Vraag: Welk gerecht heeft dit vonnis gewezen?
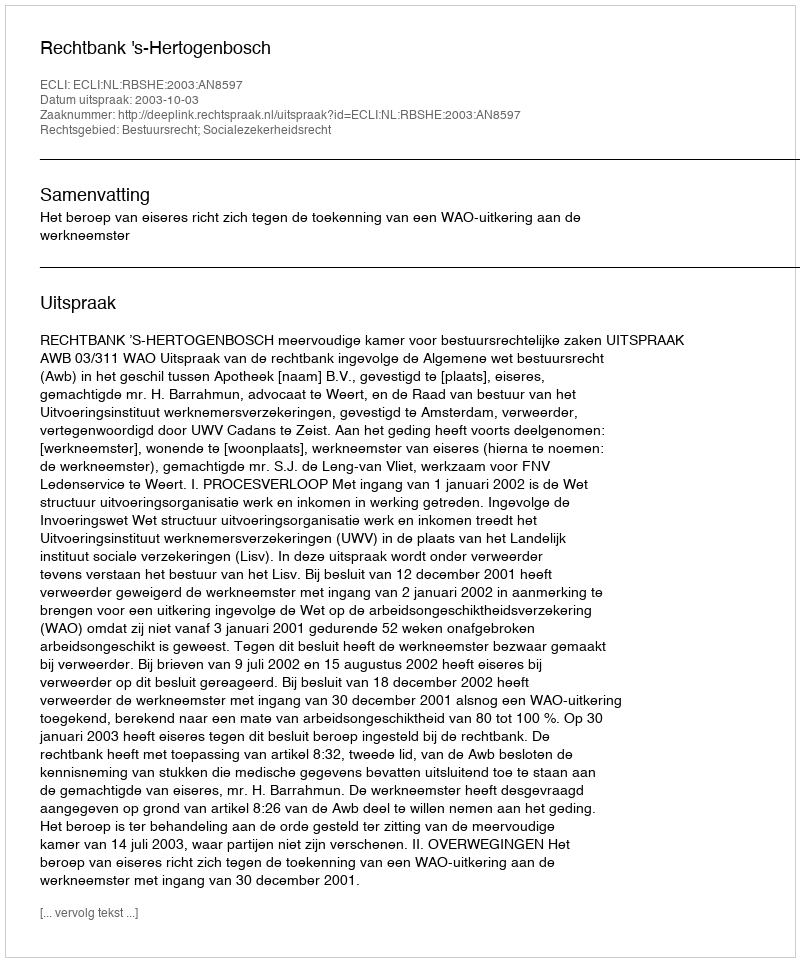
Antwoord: Rechtbank 's-Hertogenbosch